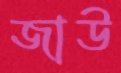
জাউ